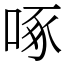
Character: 啄